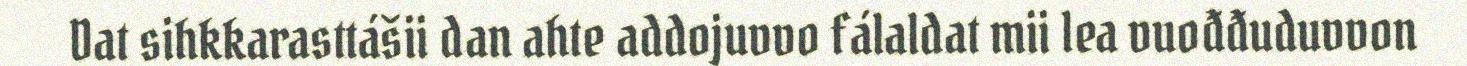
Dat sihkkarasttášii dan ahte addojuvvo fálaldat mii lea vuođđuduvvon